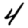
Digit: 4